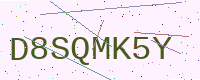
Text: D8SQMK5Y